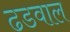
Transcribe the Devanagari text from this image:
ढडवाल